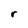
Character: r